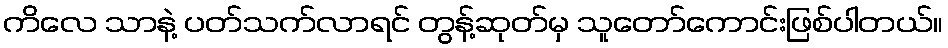
ကိလေ သာနဲ့ ပတ်သက်လာရင် တွန့်ဆုတ်မှ သူတော်ကောင်းဖြစ်ပါတယ်။